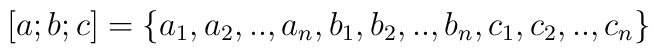
[a;b;c]=\{a_1,a_2,..,a_n,b_1,b_2,..,b_n ,c_1,c_2,..,c_n \}